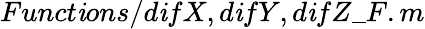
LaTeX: Funct\mathit{i}ons/{d\mathit{i}fX,d\mathit{i}fY,d\mathit{i}fZ}\_ F.m